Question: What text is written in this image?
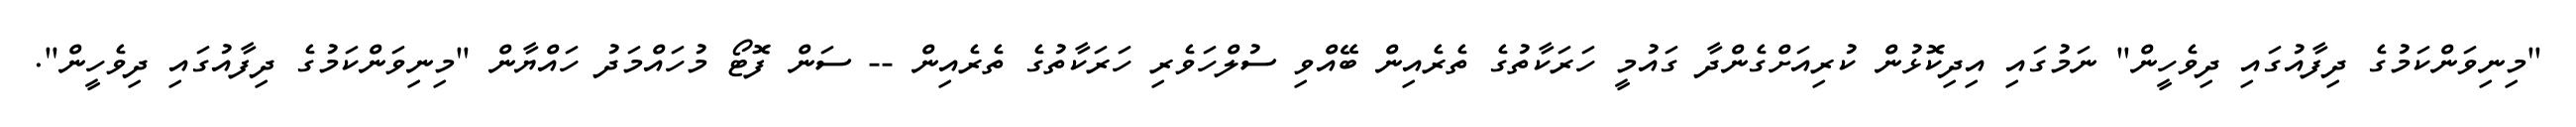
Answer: "މިނިވަންކަމުގެ ދިފާއުގައި ދިވެހީން" ނަމުގައި އިދިކޮޅުން ކުރިއަށްގެންދާ ގައުމީ ހަރަކާތުގެ ތެރެއިން ބޭއްވި ސުލްހަވެރި ހަރަކާތުގެ ތެރެއިން -- ސަން ފޮޓޯ މުހައްމަދު ހައްޔާން "މިނިވަންކަމުގެ ދިފާއުގައި ދިވެހީން".